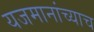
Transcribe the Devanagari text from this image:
यजमानांच्याच